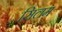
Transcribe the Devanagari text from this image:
सिलम